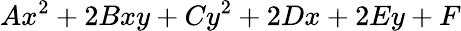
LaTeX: Ax^{2}+2Bxy+Cy^{2}+2Dx+2Ey+F